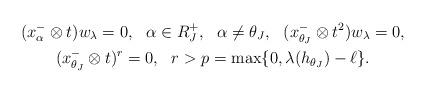
LaTeX: \begin{gather*}(x^-_{\alpha}\otimes t)w_\lambda= 0,\ \ \alpha\in R^+_J,\ \ \alpha\ne \theta_J, \ \ (x^-_{\theta_J}\otimes t^2)w_\lambda=0,\\ (x^-_{\theta_J}\otimes t)^r=0,\ \ r >p=\max\{0, \lambda(h_{\theta_J})-\ell\}.\end{gather*}